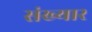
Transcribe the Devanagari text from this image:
संख्यार